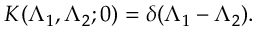
K ( \Lambda _ { 1 } , \Lambda _ { 2 } ; 0 ) = \delta ( \Lambda _ { 1 } - \Lambda _ { 2 } ) .